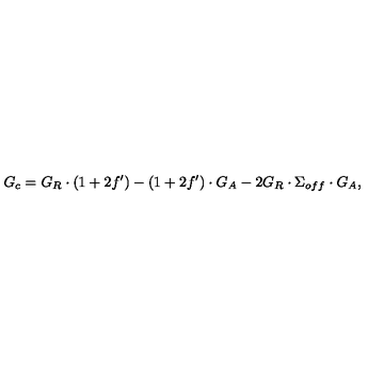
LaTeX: G _ { c } = G _ { R } \cdot ( 1 + 2 f ^ { \prime } ) - ( 1 + 2 f ^ { \prime } ) \cdot G _ { A } - 2 G _ { R } \cdot \Sigma _ { o f f } \cdot G _ { A } ,